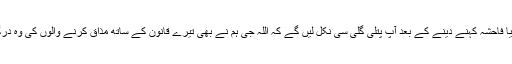
زن مرید یا فاحشہ کہنے دینے کے بعد آپ پتلی گلی سی نکل لیں گے کہ اللہ جی ہم نے بھی تیرے قانون کے ساتھ مذاق کرنے والوں کی وہ درگت بنائی۔